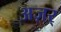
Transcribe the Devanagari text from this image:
अज़र्